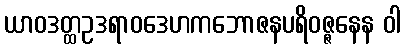
ယာဝဒတ္ထဥဒရာဝဒေဟကဘောဇနပရိဝဇ္ဇနေန ဝါ